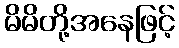
မိမိတို့အနေဖြင့်